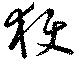
獲